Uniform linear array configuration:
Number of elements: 16
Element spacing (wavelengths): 0.5
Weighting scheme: hann
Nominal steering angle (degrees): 30
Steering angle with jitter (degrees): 30.822
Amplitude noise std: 0.05
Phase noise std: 0.05

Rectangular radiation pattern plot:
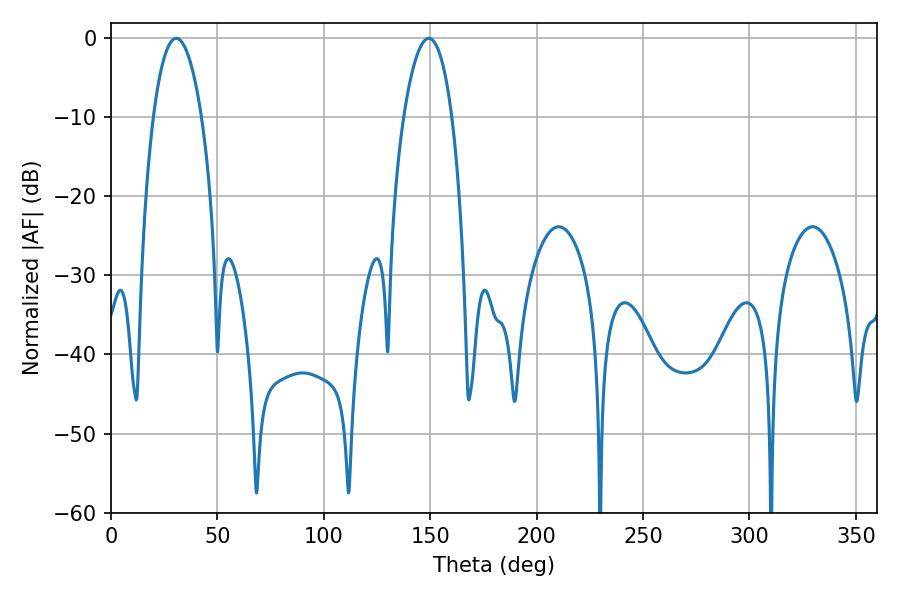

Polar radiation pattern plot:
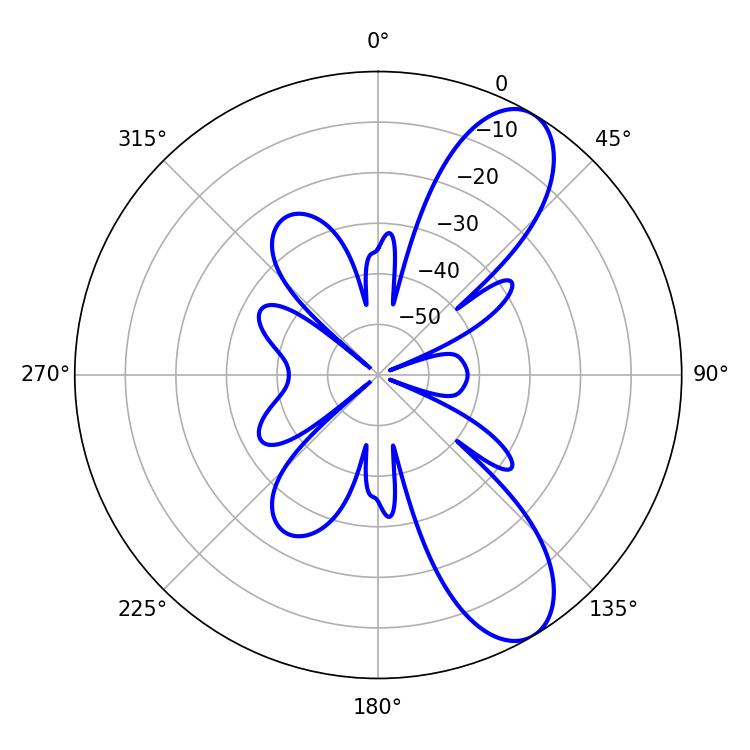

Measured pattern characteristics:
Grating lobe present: FALSE
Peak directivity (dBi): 9.224
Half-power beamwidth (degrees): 12.6
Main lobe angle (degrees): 30.6